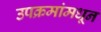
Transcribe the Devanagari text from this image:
उपक्रमांमधून